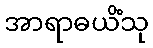
အာရာဓယိံသု